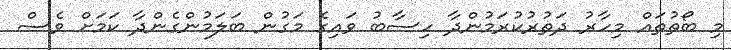
މި ބޯތުތައް މިހާރު ދަތުރުކުރަމުންދާ ހިސާބު ވައިގެ މަގުން ބަލަމުންގެންދާ ކަމަށް ވެސް